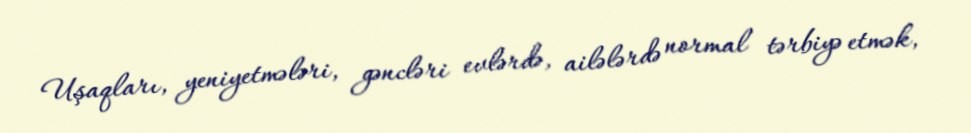
Uşaqları, yeniyetmələri, gəncləri evlərdə, ailələrdə normal tərbiyə etmək,